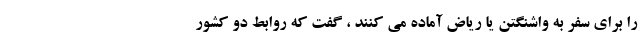
را برای سفر به واشنگتن یا ریاض آماده می کنند ، گفت که روابط دو کشور